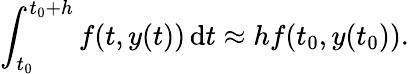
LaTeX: \int_{t_{0}}^{t_{0}+h}f(t,y(t))\, \mathrm{d}t\approx hf(t_{0},y(t_{0})).